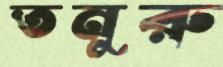
তনুরু